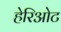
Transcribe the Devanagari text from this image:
हेरिओट